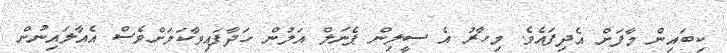
ކިބައިން މާފަށް އެދިފައެވެ. މިހާރު އެ ސީލިން ޕެނަލް އަލުން ހަދާފައިވާކަމަށްވެސް އެއާލައިނުން